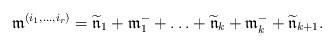
LaTeX: \begin{align*} \mathfrak m^{(i_1, \ldots, i_r)} = \widetilde{\mathfrak n}_1+\mathfrak m_1^- +\ldots +\widetilde{\mathfrak n}_k+\mathfrak m_k^-+\widetilde{\mathfrak n}_{k+1} .\end{align*}